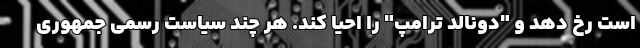
است رخ دهد و "دونالد ترامپ" را احیا کند. هر چند سیاست رسمی جمهوری